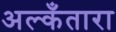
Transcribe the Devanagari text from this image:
अल्कँतारा